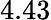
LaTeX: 4.43